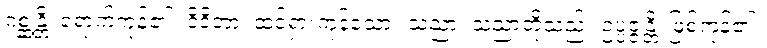
ဂစ္ဆန္တိ၊ ရောက်ကုန်၏။ ဝိဒိတာ၊ ထင်ရှားကုန်သော။ သညာ၊ သညာတို့သည်။ ဥပ္ပဇ္ဇန္တိ၊ ဖြစ်ကုန်၏။